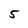
Character: 5